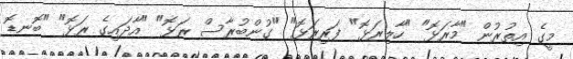
މީގެ އިތުރުން "މާރަޅޮ" "ހާލިރަޅޮ" ފަރިރަޅޮ" "ގުންބުރާސް ރަޅޮ" "އާދައިގެ ރަޅޮ" "ބޮނޑޮ